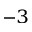
^ { - 3 }